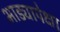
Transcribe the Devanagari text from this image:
भाड्यापेक्षा